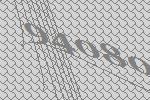
94080